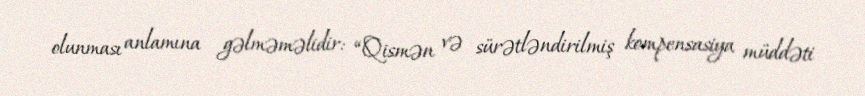
olunması anlamına gəlməməlidir: “Qismən və sürətləndirilmiş kompensasiya müddəti